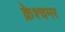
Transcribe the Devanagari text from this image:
क्रेश्चमर